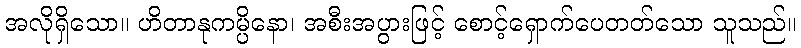
အလိုရှိသော။ ဟိတာနုကမ္ပိနော၊ အစီးအပွားဖြင့် စောင့်ရှောက်ပေတတ်သော သူသည်။